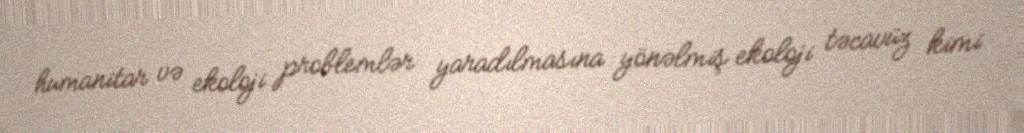
humanitar və ekoloji problemlər yaradılmasına yönəlmiş ekoloji təcavüz kimi